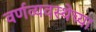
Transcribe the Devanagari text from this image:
वर्णव्यवस्थेच्या